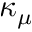
\kappa _ { \mu }